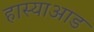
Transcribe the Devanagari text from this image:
हास्याआड